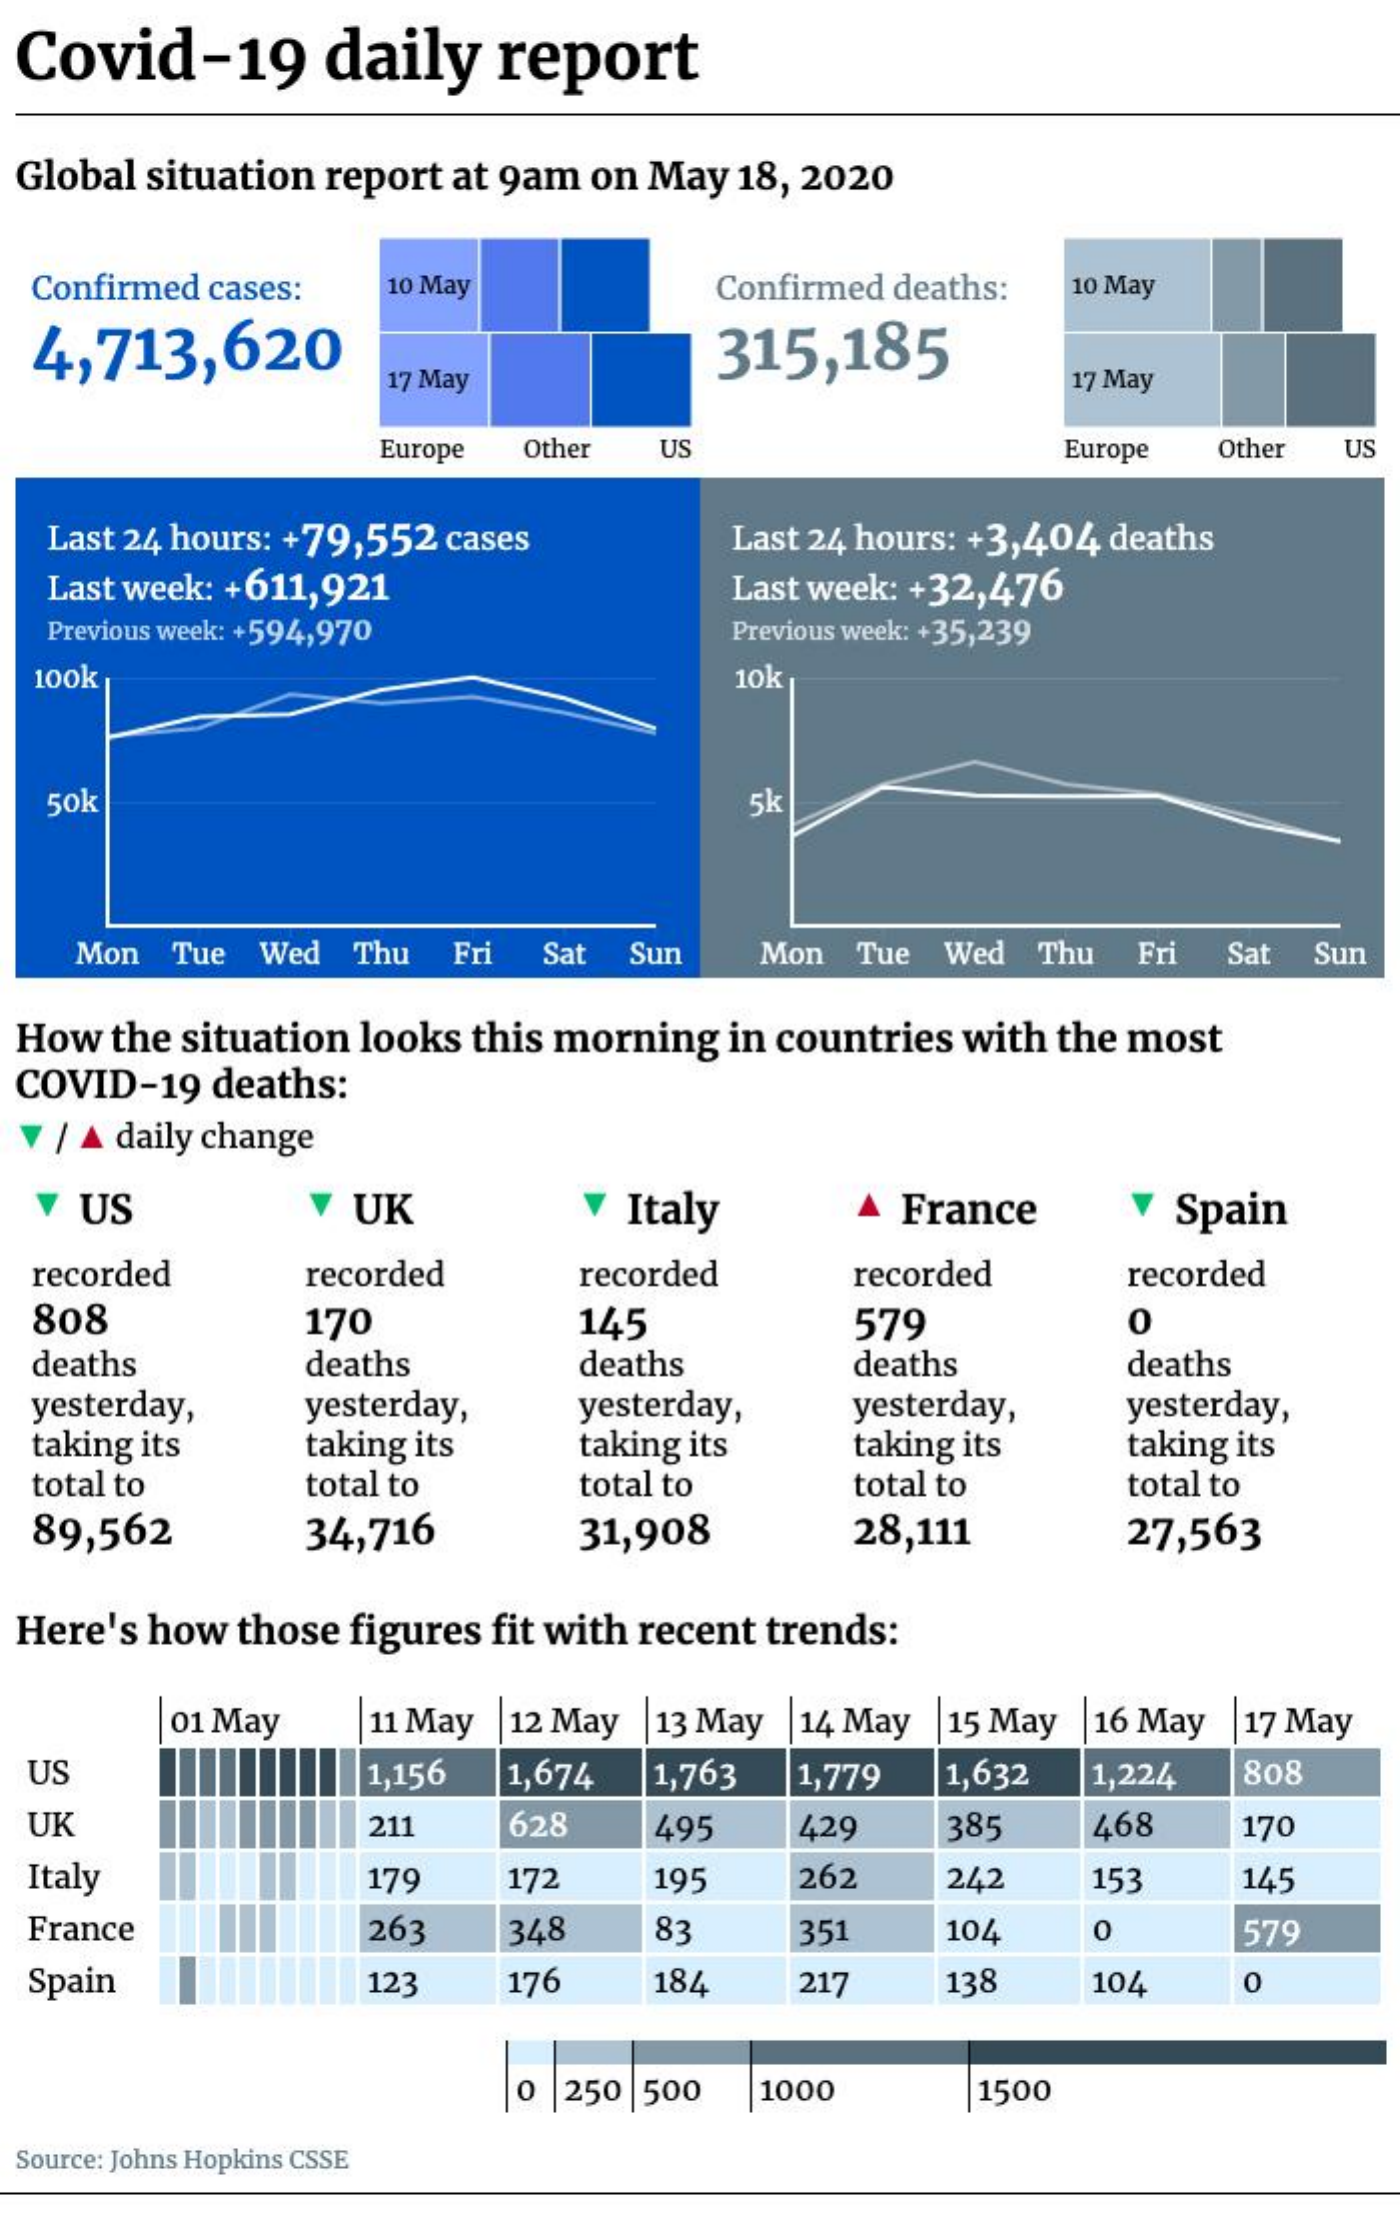
Covid-19    daily   report
  Global situation report at 9am on May 18, 2020
  Confirmed cases: 10 May    Confirmed deaths: 10 May
  4,713,620    315,185
     17 May    17 May
     Europe Other US    Europe Other US
  Last 24 hours: +79,552 cases  Last 24 hours: +3,404 deaths
  Last week: +611,921    Last week: +32,476
  Previous week: +594,970    Previous week: +35,239
  100k    10k
  5ok    5k
    Mon Tue Wed Thu Fri Sat Sun  Mon  Tue Wed Thu Fri Sat Sun
  How the situation looks this morning in countries with the most
  COVID-19 deaths:
   / A daily change
    US    UK    Italy    France    Spain
  recorded    recorded    recorded    recorded   recorded
  808    170    145    579    0
  deaths    deaths    deaths    deaths    deaths
  yesterday,  yesterday,  yesterday,  yesterday, yesterday,
  taking its  taking its  taking its  taking its taking its
  total to    total to    total to    total to   total to
  89,562    34,716    31,908    28,111    27,563
  Here's how those figures fit with recent trends:
     01 May  11 May 12 May 13 May 14 May 15 May 16 May 17 May
  US    1,156 1,674  1,763 1,779 1,632  1,224  808
  UK    211    628   495   429    385   468    170
  Italy    179    172   195   262    242   153    145
  France    263   348    83    351    104   0    579
  Spain    123   176    184   217    138   104    0
     0 |250 500 1000    1500
  Source: Johns Hopkins CSSE